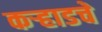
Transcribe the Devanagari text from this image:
कऱ्हाडचे